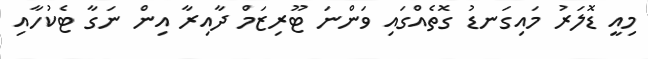
މިއީ ޑޮލަރު މައިގަނޑު ގޮތެއްގައި ވަންނަ ޓޫރިޒަމް ދާއިރާ އިން ނަގާ ޓެކުހާއި